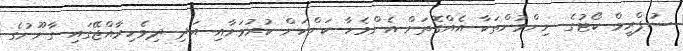
ސުޕްރީމް ކޯޓުގެ ނިންމުންތަކާ އެއްގޮތަށް އެންމެހާ ކަންކަން ކުރުމަށާއި އަދި ދިވެހިރާއްޖޭގައި ގާނޫނުގެ